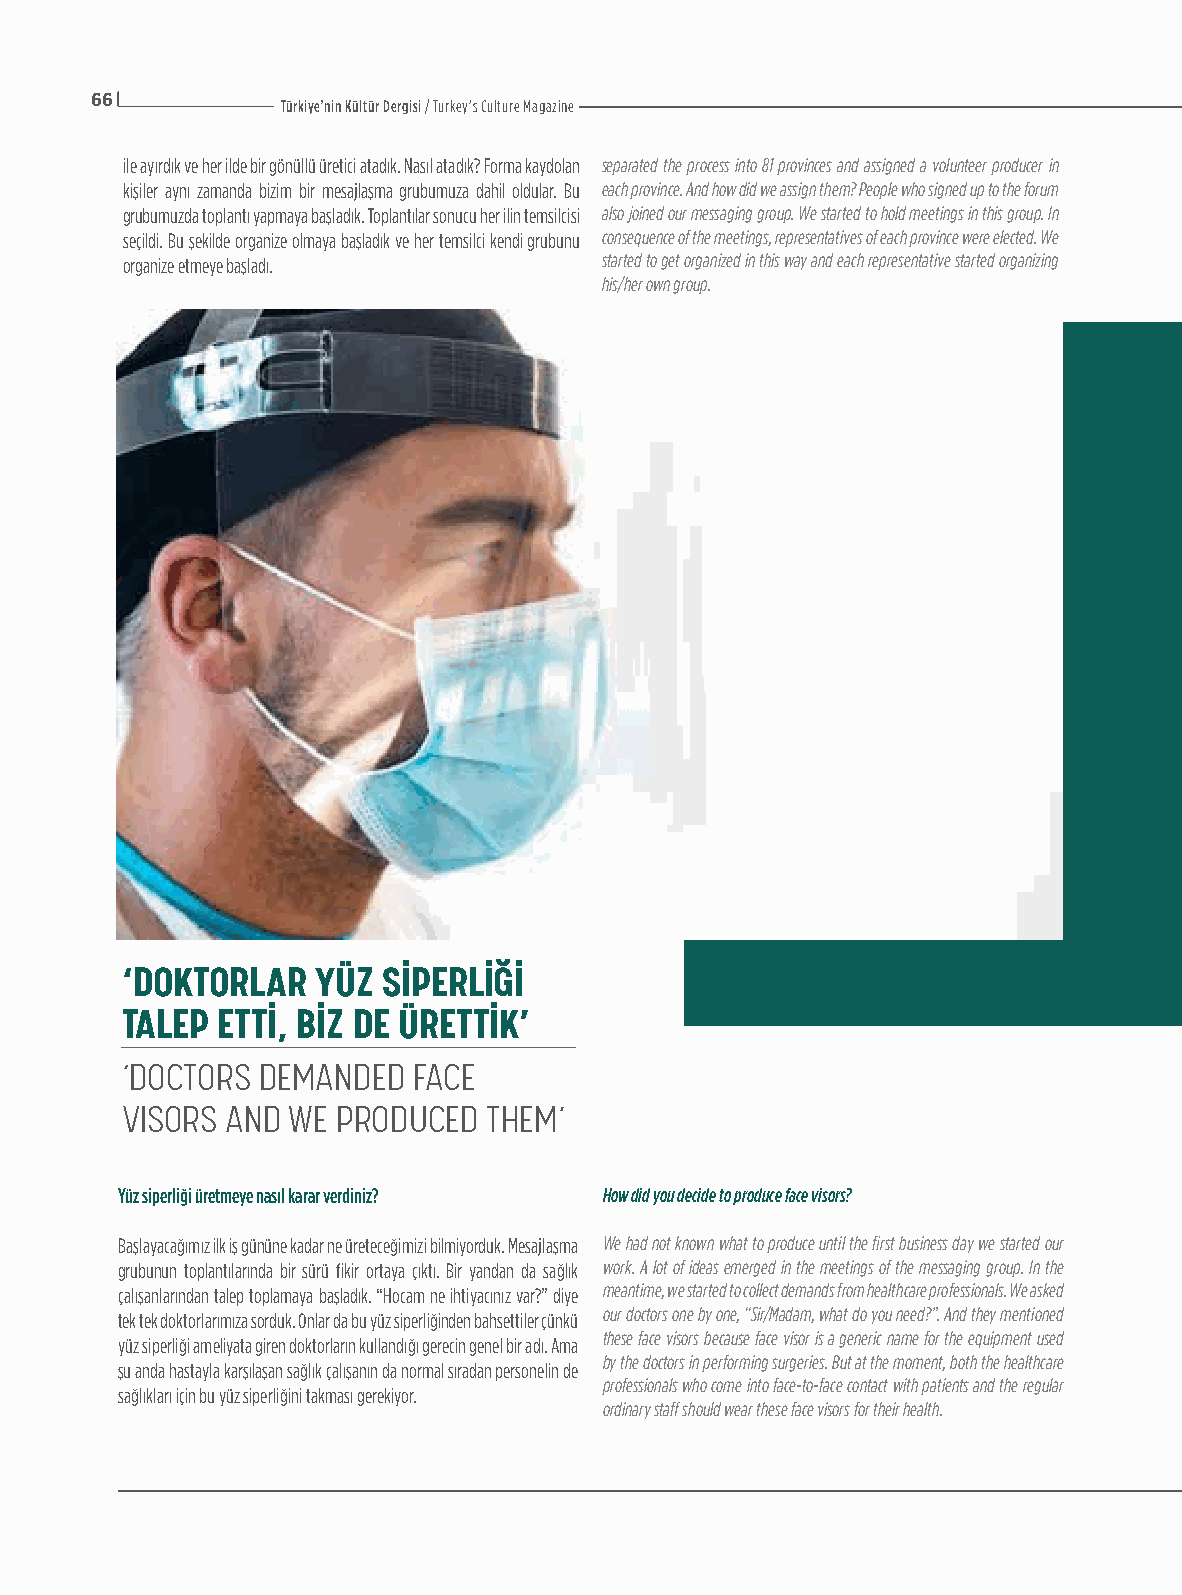
66
 Türkiye’nin Kültür Dergisi / Turkey’s Culture Magazine
 ile ayırdık ve her ilde bir gönüllü üretici atadık. Nasıl atadık? Forma kaydolan separated the process into 81 provinces and assigned a volunteer producer in
 kişiler aynı zamanda bizim bir mesajlaşma grubumuza dahil oldular. Bu each province. And how did we assign them? People who signed up to the forum
 grubumuzda toplantı yapmaya başladık. Toplantılar sonucu her ilin temsilcisi also joined our messaging group. We started to hold meetings in this group. In
 seçildi. Bu şekilde organize olmaya başladık ve her temsilci kendi grubunu consequence of the meetings, representatives of each province were elected. We
 organize etmeye başladı.        started to get organized in this way and each representative started organizing
 his/her own group.
 ‘DOKTORLAR   YÜZ SİPERLİĞİ
 TALEP ETTİ, BİZ DE ÜRETTİK’
 ‘DOCTORS DEMANDED  FACE
 VISORS AND WE PRODUCED  THEM’
 Yüz siperliği üretmeye nasıl karar verdiniz? How did you decide to produce face visors?
 Başlayacağımız ilk iş gününe kadar ne üreteceğimizi bilmiyorduk. Mesajlaşma We had not known what to produce until the first business day we started our
 grubunun toplantılarında bir sürü fikir ortaya çıktı. Bir yandan da sağlık work. A lot of ideas emerged in the meetings of the messaging group. In the
 çalışanlarından talep toplamaya başladık. “Hocam ne ihtiyacınız var?” diye meantime, we started to collect demands from healthcare professionals. We asked
 our doctors one by one, “Sir/Madam, what do you need?”. And they mentioned
 tek tek doktorlarımıza sorduk. Onlar da bu yüz siperliğinden bahsettiler çünkü
 these face visors because face visor is a generic name for the equipment used
 yüz siperliği ameliyata giren doktorların kullandığı gerecin genel bir adı. Ama
 by the doctors in performing surgeries. But at the moment, both the healthcare
 şu anda hastayla karşılaşan sağlık çalışanın da normal sıradan personelin de
 professionals who come into face-to-face contact with patients and the regular
 sağlıkları için bu yüz siperliğini takması gerekiyor.
 ordinary staff should wear these face visors for their health.